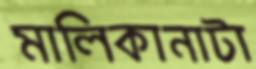
মালিকানাটা